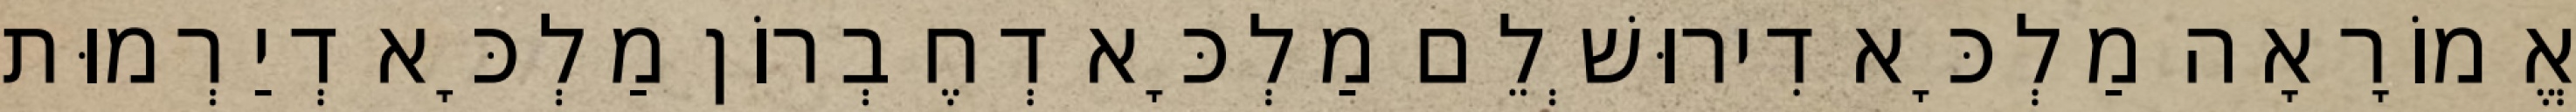
אֱמוֹרָאָה מַלְכָּא דִירוּשְׁלֵם מַלְכָּא דְחֶבְרוֹן מַלְכָּא דְיַרְמוּת